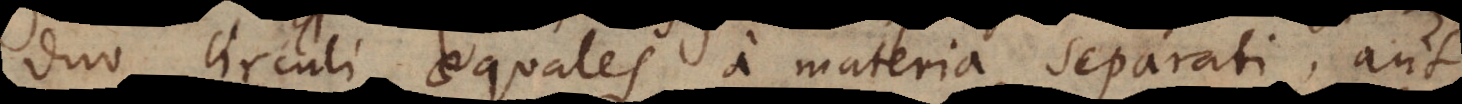
duo circuli aequales, a materia separati, aut